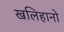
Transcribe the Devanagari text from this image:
खलिहानो